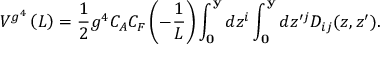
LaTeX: V ^ { g ^ { 4 } } \left( L \right) = \frac { 1 } { 2 } g ^ { 4 } C _ { A } C _ { F } \left( { - \frac { 1 } { L } } \right) \int _ { \bf 0 } ^ { \bf y } { d z ^ { i } } \int _ { \bf 0 } ^ { \bf y } { d z ^ { \prime j } } D _ { i j } ( z , z ^ { \prime } ) .